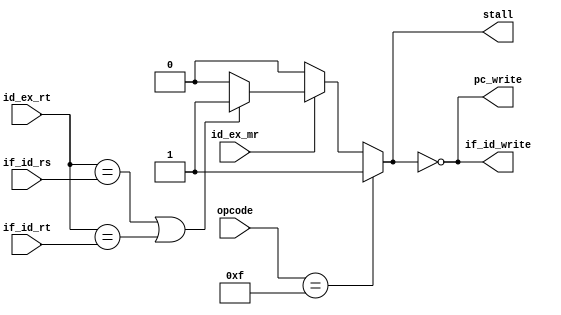
module HDU(opcode, if_id_rs, if_id_rt, id_ex_rt, id_ex_mr, pc_write, if_id_write, stall);

input [3:0] opcode, if_id_rs, if_id_rt, id_ex_rt;
input id_ex_mr;
output pc_write, if_id_write, stall;

localparam DETECTED 	= 1'b1;
localparam NOT_DETECTED = 1'b0;
localparam HLT 		= 4'b1111;

reg detected;

assign pc_write = ~detected;
assign if_id_write = ~detected;
assign stall = detected;

always @(*) begin
	if (opcode == HLT) begin
		detected = DETECTED;
	end else if (id_ex_mr) begin
		if (id_ex_rt == if_id_rs || id_ex_rt == if_id_rt) begin
			detected = DETECTED;
		end else begin
			detected = NOT_DETECTED;
		end
	end else begin
		detected = NOT_DETECTED;
	end
end

endmodule